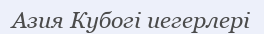
Азия Кубогі иегерлері